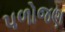
પળોજણ